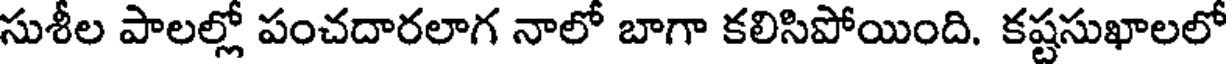
సుశీల పాలల్లో పంచదారలాగ నాలో బాగా కలిసిపోయింది. కష్టసుఖాలలో